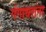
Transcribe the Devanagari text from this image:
गंगाधरांना